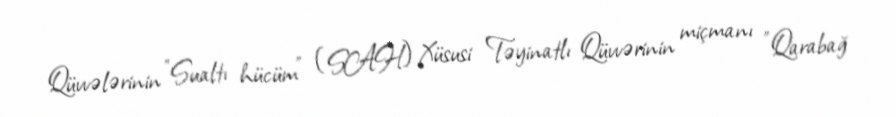
Qüvvələrinin "Sualtı hücüm" (SAH) Xüsusi Təyinatlı Qüvvərinin miçmanı "Qarabağ